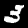
Label: 3